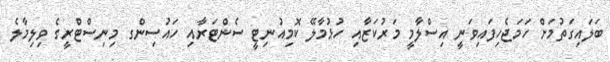
ބަލައިގަތުމަށް ހަމަޖެހިފައިވަނީ އިސްލާމީ މަރުކަޒާއި ހުޅުމާލޭ ކޮމިއުނިޓީ ސެންޓަރާއި ހައުސިންގ މިނިސްޓްރީގެ ވިލިމާލެ